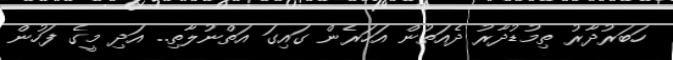
ހަބަރުދާރު ތިމުޑުދާރު ދެއަތުން އަހަރެން ގައިގަ އަތްނުލާތި.. އަދި މީގެ ފަހުން